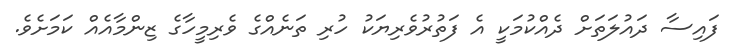
ފައިސާ ދައުލަތަށް ދެއްކުމަކީ އެ ފަތުރުވެރިޔަކު ހުރި ތަނެއްގެ ވެރިމީހާގެ ޒިންމާއެއް ކަމަށެވެ.